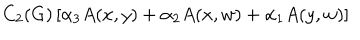
C _ { 2 } ( G ) \left[ \alpha _ { 3 } A ( x , y ) + \alpha _ { 2 } A ( x , w ) + \alpha _ { 1 } A ( y , w ) \right]